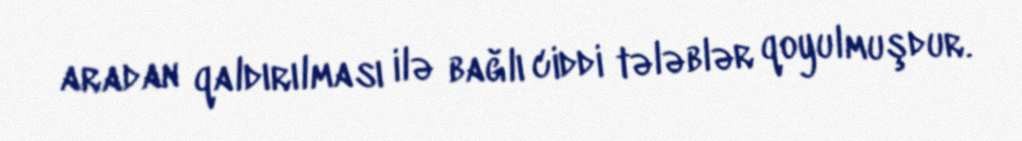
aradan qaldırılması ilə bağlı ciddi tələblər qoyulmuşdur.